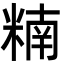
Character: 䊖